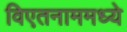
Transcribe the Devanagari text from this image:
विएतनाममध्ये